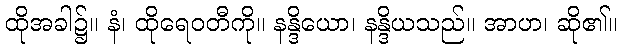
ထိုအခါ၌။ နံ၊ ထိုရေဝတီကို။ နန္ဒိယော၊ နန္ဒိယသည်။ အာဟ၊ ဆို၏။